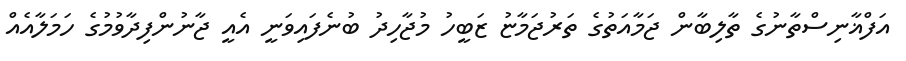
އަފްޣާނިސްތާނުގެ ތާލިބާން ޖަމާއަތުގެ ތަރުޖަމާޏު ޒަބީހު މުޖާހިދު ބުނެފައިވަނީ އެއީ ޖާނުންފިދާވުމުގެ ހަމަލާއެއް